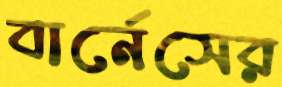
বার্নেসের